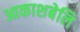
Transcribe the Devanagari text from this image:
आकाशबेलि